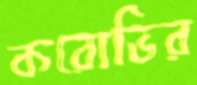
করোভির